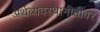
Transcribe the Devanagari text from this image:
अर्थव्यवस्थानीतीवर